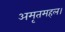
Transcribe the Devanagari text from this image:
अमृतमहल।